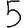
Digit: 5